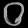
Digit: ၀